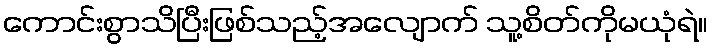
ကောင်းစွာသိပြီးဖြစ်သည့်အလျောက် သူ့စိတ်ကိုမယုံရဲ။